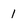
Character: 1